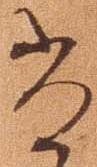
尚